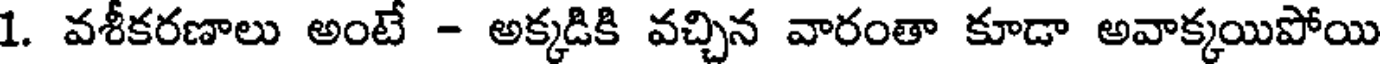
1. వశీకరణాలు అంటే - అక్కడికి వచ్చిన వారంతా కూడా అవాక్కయిపోయి